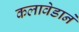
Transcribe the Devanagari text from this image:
कलावेडाने